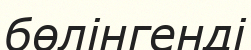
бөлінгенді